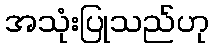
အသုံးပြုသည်ဟု